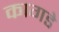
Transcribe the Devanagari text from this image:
कागडे